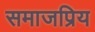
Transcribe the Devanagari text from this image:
समाजप्रिय